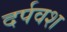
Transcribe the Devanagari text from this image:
दर्पवश